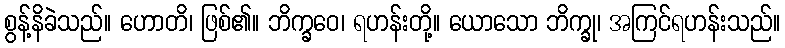
စွန့်နိခဲသည်။ ဟောတိ၊ ဖြစ်၏။ ဘိက္ခဝေ၊ ရဟန်းတို့။ ယောသော ဘိက္ခု၊ အကြင်ရဟန်းသည်။